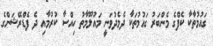
ގައުމުތާކާ ކެފްގެ މެންބަރު ގައުމުތަކާ ދެމެދުވަނީ މައުލޫމާތު ހިއްސާ ކުރުމާއި ދެ ފެޑްރޭޝަންގެ